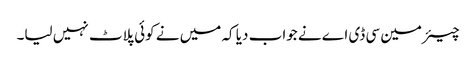
چیئرمین سی ڈی اے نے جواب دیا کہ میں نے کوئی پلاٹ نہیں لیا۔